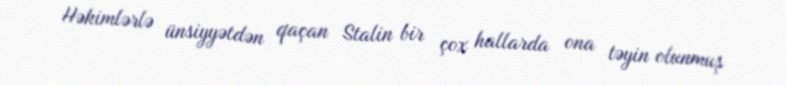
Həkimlərlə ünsiyyətdən qaçan Stalin bir çox hallarda ona təyin olunmuş